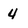
Character: 4